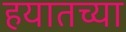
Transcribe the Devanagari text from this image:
हयातच्या